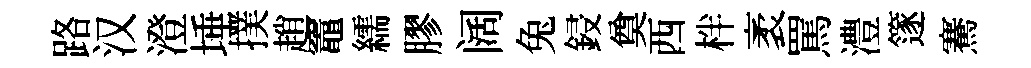
路汉澄埵撲趙竈繻膠阔兔鋟奠西柈袤罵澧篴騫